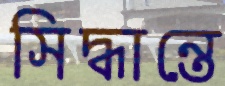
সিদ্ধান্তে